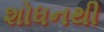
શોધનથી